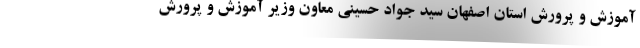
آموزش و پرورش استان اصفهان سید جواد حسینی معاون وزیر آموزش و پرورش